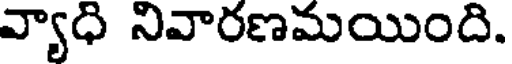
వ్యాధి నివారణమయింది.